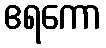
ဧရကော